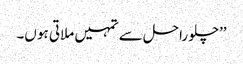
’’چلو راحل سے تمہیں ملاتی ہو ں۔